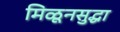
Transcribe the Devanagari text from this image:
मिळूनसुद्धा